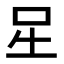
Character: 𭇆